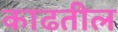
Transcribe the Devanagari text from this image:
काढतील